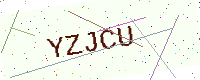
Text: YZJCU